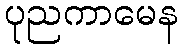
ပုညကာမေန